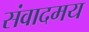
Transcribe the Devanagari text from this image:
संवादमय